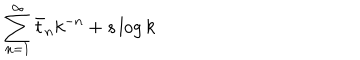
\sum _ { n = 1 } ^ { \infty } \bar { t } _ { n } k ^ { - n } + s \log k